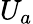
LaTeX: U_{a}